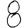
Digit: 8